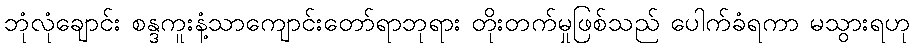
ဘုံလုံချောင်း စန္ဒကူးနံ့သာကျောင်းတော်ရာဘုရား တိုးတက်မှုဖြစ်သည် ပေါက်ခံရကာ မသွားရဟု